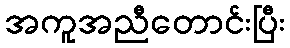
အကူအညီတောင်းပြီး